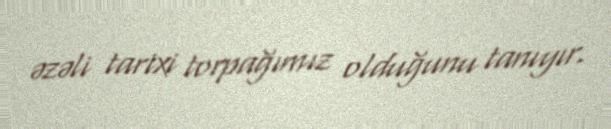
əzəli tarixi torpağımız olduğunu tanıyır.